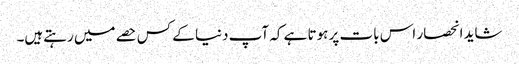
شاید انحصار اس بات پر ہوتا ہے کہ آپ دنیا کے کس حصے میں رہتےہیں۔